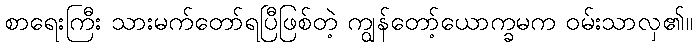
စာရေးကြီး သားမက်တော်ရပြီဖြစ်တဲ့ ကျွန်တော့်ယောက္ခမက ဝမ်းသာလှ၏။